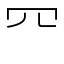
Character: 㓁